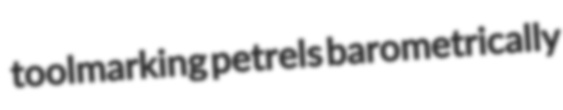
toolmarking petrels barometrically